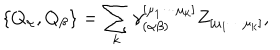
\{ Q _ { \alpha } , Q _ { \beta } \} = \sum _ { k } \gamma _ { ( \alpha \beta ) } ^ { [ \mu _ { 1 } \cdots \mu _ { k } ] } Z _ { [ \mu _ { 1 } \cdots \mu _ { k } ] } ,